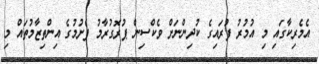
އެމެރިކާގައި މި އުމުރު ފުރައިގެ ކުދިންނަށް ވެކްސިން ޕުރޮގުރާމު ފެށުމުގެ އިންތިޒާމުތައް މި